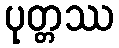
ပုတ္တဿ